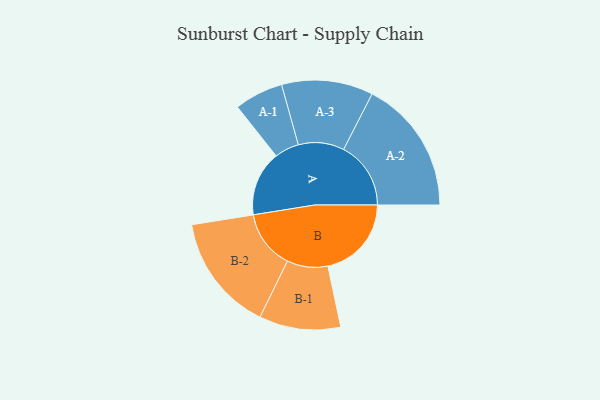
{"axis": {"x": "Segment", "y": "Value"}, "legend": ["", "A", "B"], "data": [{"x": "A", "y": 287, "type": ""}, {"x": "B", "y": 369, "type": ""}, {"x": "A-1", "y": 108, "type": "A"}, {"x": "A-2", "y": 297, "type": "A"}, {"x": "A-3", "y": 202, "type": "A"}, {"x": "B-1", "y": 180, "type": "B"}, {"x": "B-2", "y": 259, "type": "B"}]}